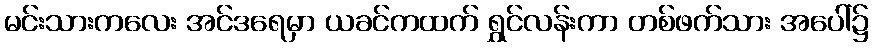
မင်းသားကလေး အင်ဒရေမှာ ယခင်ကထက် ရွှင်လန်းကာ တစ်ဖက်သား အပေါ်၌